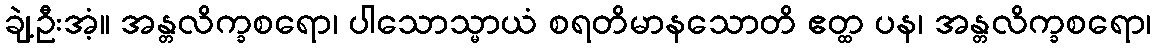
ချဲ့ဦးအံ့။ အန္တလိက္ခစရော၊ ပါသောသ္မာယံ စရတိမာနသောတိ ဧတ္ထ ပန၊ အန္တလိက္ခစရော၊